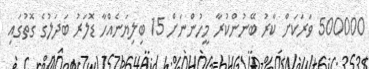
500000 ވަރަކަށް ކާރު ބޭނުންކުރާ މީހުންނަށް 15 ބިލިޔަނެއްހާ ޑޮލަރު ބަދަލުގެ ގޮތުގައި